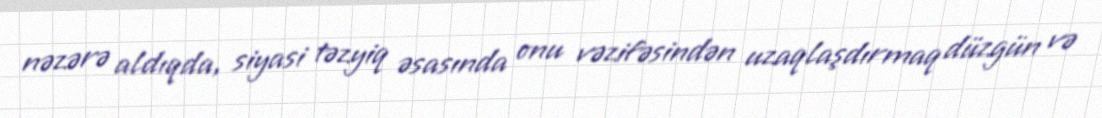
nəzərə aldıqda, siyasi təzyiq əsasında onu vəzifəsindən uzaqlaşdırmaq düzgün və